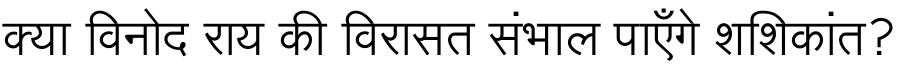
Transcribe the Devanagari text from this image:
क्या विनोद राय की विरासत संभाल पाएँगे शशिकांत?